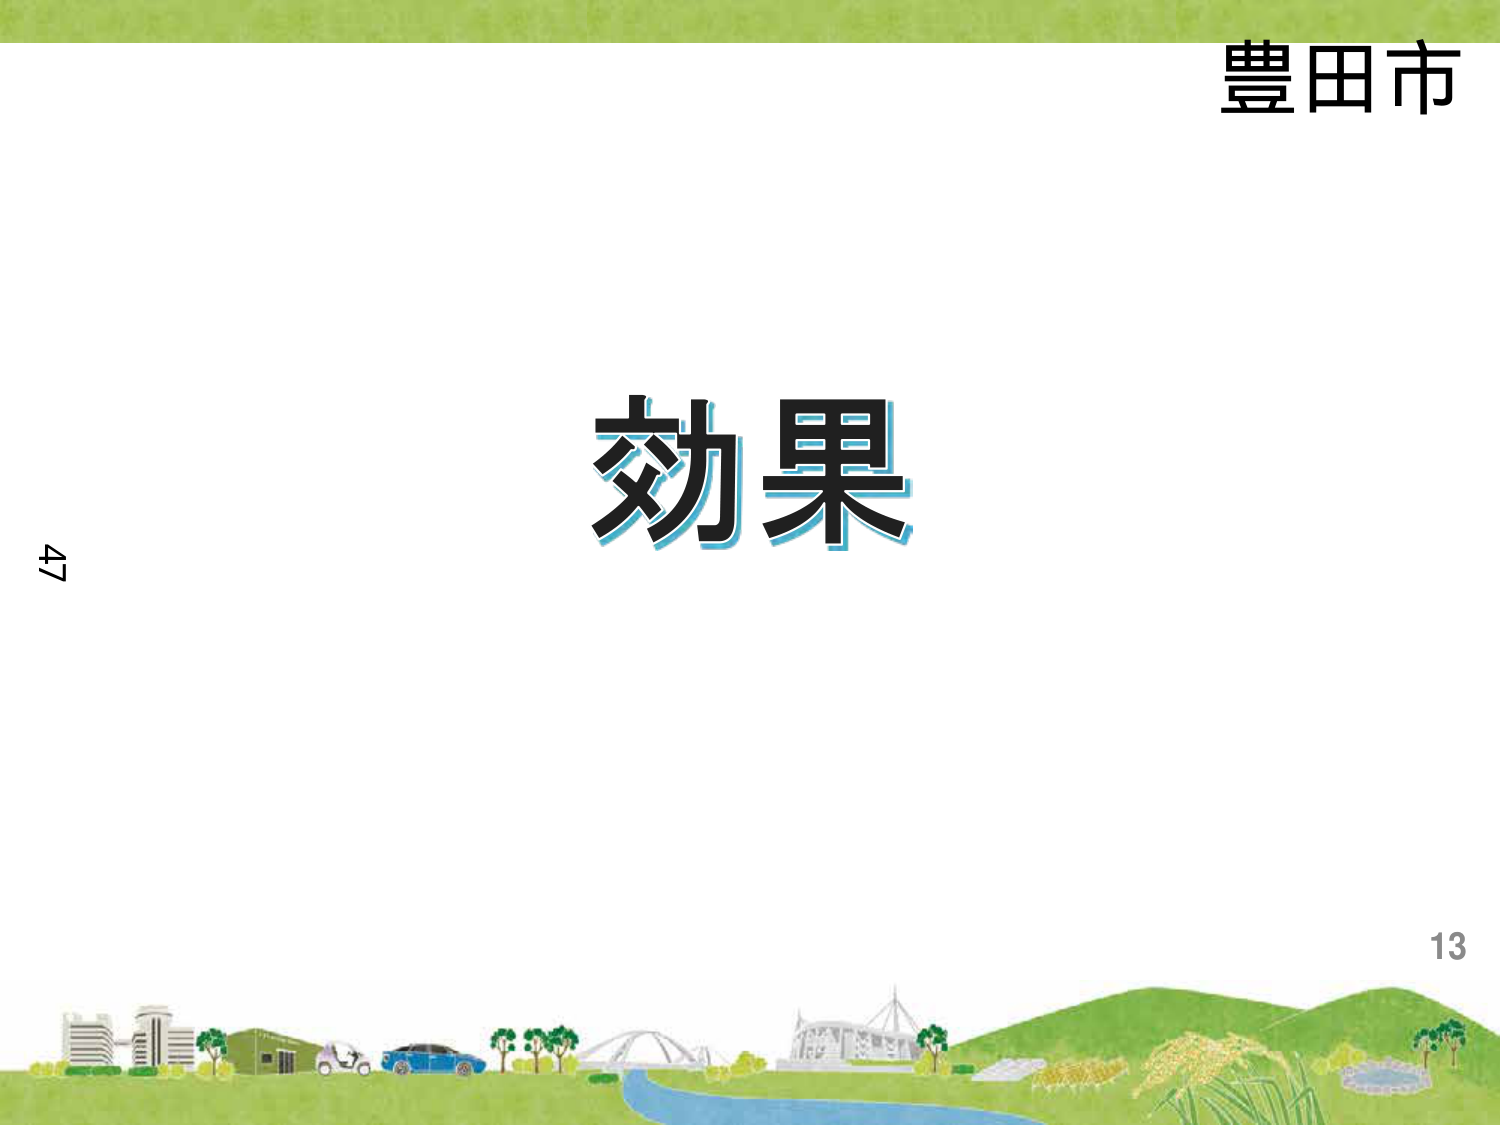
豊田市
効果
47
13